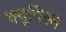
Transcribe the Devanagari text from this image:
क्यूबिस्म